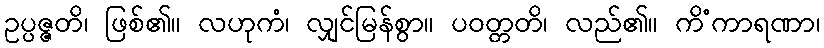
ဥပ္ပဇ္ဇတိ၊ ဖြစ်၏။ လဟုကံ၊ လျှင်မြန်စွာ။ ပဝတ္တတိ၊ လည်၏။ ကိံကာရဏာ၊